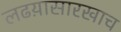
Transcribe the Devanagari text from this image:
लढय़ासारखाच